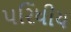
પરિધીય